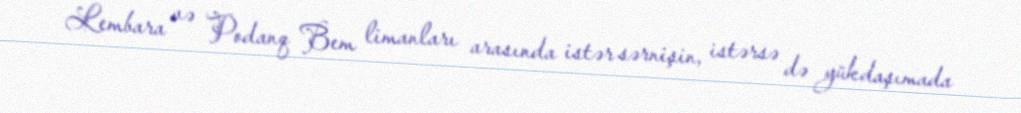
Lembara və Podanq Bem limanları arasında istər sərnişin, istərsə də yükdaşımada